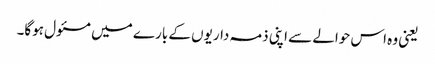
یعنی وہ اس حوالے سے اپنی ذمہ داریوں کے بارے میں مسئول ہوگا۔